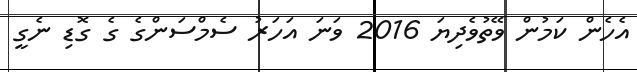
އެހެން ކަމުން ވޭތުވެދިޔަ 2016 ވަނަ އަހަރު ސެމްސަންގެ ގެ ގޮޑި ނެގީ